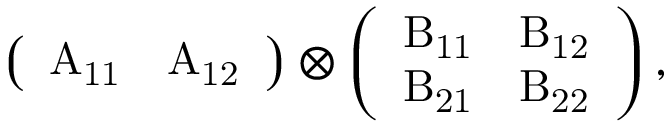
\left( \begin{array} { l l } { \mathrm { A _ { 1 1 } } } & { \mathrm { A _ { 1 2 } } } \end{array} \right) \otimes \left( \begin{array} { l l } { \mathrm { B _ { 1 1 } } } & { \mathrm { B _ { 1 2 } } } \\ { \mathrm { B _ { 2 1 } } } & { \mathrm { B _ { 2 2 } } } \end{array} \right) ,